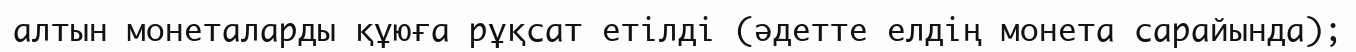
алтын монеталарды құюға рұқсат етілді (әдетте елдің монета сарайында);